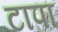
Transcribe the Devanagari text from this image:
टापा